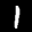
Label: 1